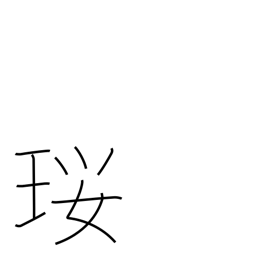
Meaning: a necklace made of precious stones